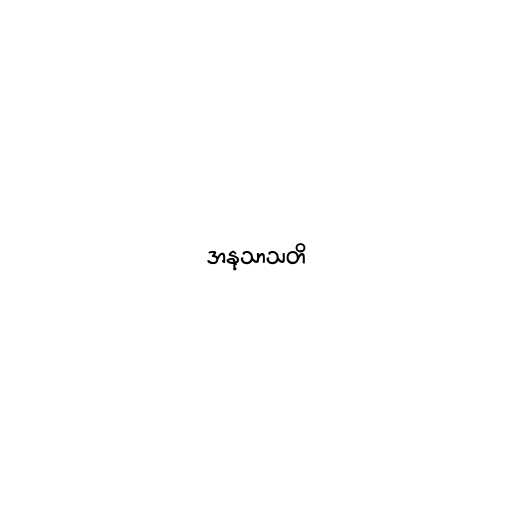
အနုသာသတိ